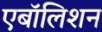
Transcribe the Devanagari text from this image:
एबॉलिशन